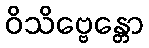
ဝိသိဗ္ဗေန္တော